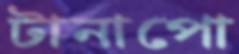
টানাপো